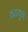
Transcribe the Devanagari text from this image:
वटवून